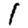
Digit: 1